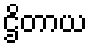
ဌိတာယ